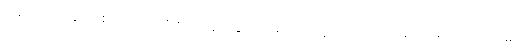
တစ်ယောက်နှင့်တစ်ယောက် တိုက်ရိုက်ခေါ်ခြင်း, ခေါ်လိုက်သည့်အခါ ထူးခြင်းများကို အာလုပ်ဟုမှတ်၊